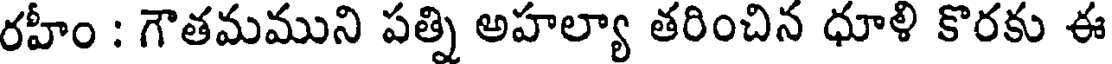
రహీం : గౌతమముని పత్ని అహల్యా తరించిన ధూళి కొరకు ఈ